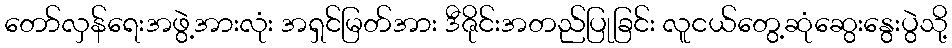
တော်လှန်ရေးအဖွဲ့အားလုံး အရှင်မြတ်အား ဒီဇိုင်းအတည်ပြုခြင်း လူငယ်တွေ့ဆုံဆွေးနွေးပွဲသို့